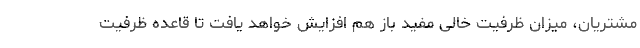
مشتریان، میزان ظرفیت خالی مفید باز هم افزایش خواهد یافت تا قاعده ظرفیت